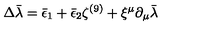
\Delta \bar { \lambda } = \bar { \epsilon } _ { 1 } + \bar { \epsilon } _ { 2 } \zeta ^ { ( 9 ) } + \xi ^ { \mu } \partial _ { \mu } \bar { \lambda }